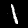
Digit: 1